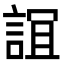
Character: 𧨏